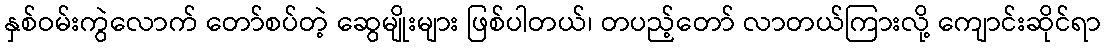
နှစ်ဝမ်းကွဲလောက် တော်စပ်တဲ့ ဆွေမျိုးများ ဖြစ်ပါတယ်၊ တပည့်တော် လာတယ်ကြားလို့ ကျောင်းဆိုင်ရာ